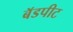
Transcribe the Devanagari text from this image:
बॅडपीट